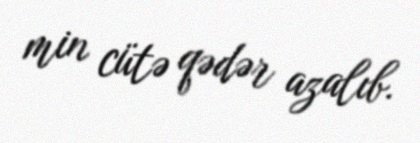
min cütə qədər azalıb.